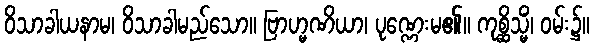
ဝိသာခါယနာမ၊ ဝိသာခါမည်သော။ ဗြာဟ္မဏိယာ၊ ပုဏ္ဏေးမ၏။ ကုစ္ဆိသ္မိံ၊ ဝမ်း၌။